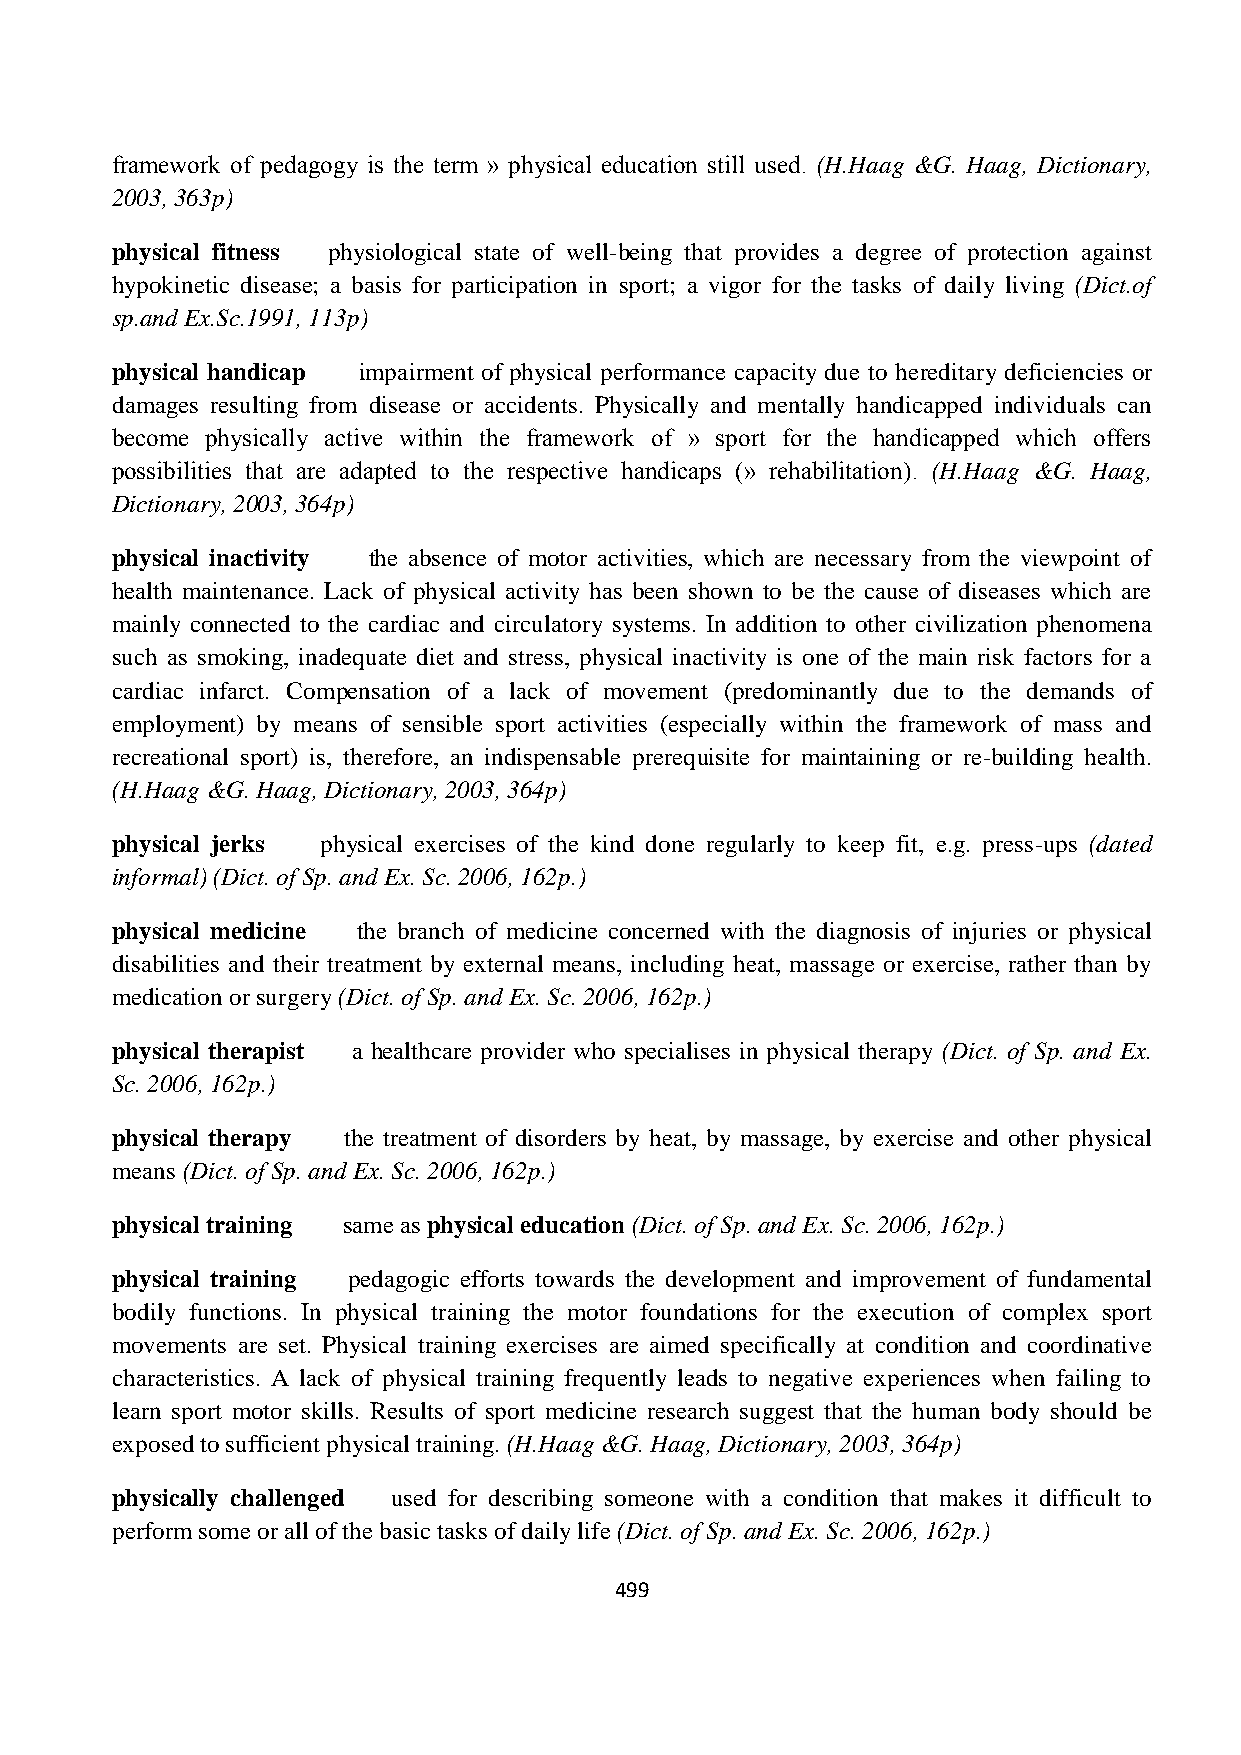
framework of pedagogy is the term » physical education still used. (H.Haag &G. Haag, Dictionary,
 2003, 363p)
 physical fitness physiological state of well-being that provides a degree of protection against
 hypokinetic disease; a basis for participation in sport; a vigor for the tasks of daily living (Dict.of
 sp.and Ex.Sc.1991, 113p)
 physical handicap impairment of physical performance capacity due to hereditary deficiencies or
 damages resulting from disease or accidents. Physically and mentally handicapped individuals can
 become physically active within the framework of » sport for the handicapped which offers
 possibilities that are adapted to the respective handicaps (» rehabilitation). (H.Haag &G. Haag,
 Dictionary, 2003, 364p)
 physical inactivity the absence of motor activities, which are necessary from the viewpoint of
 health maintenance. Lack of physical activity has been shown to be the cause of diseases which are
 mainly connected to the cardiac and circulatory systems. In addition to other civilization phenomena
 such as smoking, inadequate diet and stress, physical inactivity is one of the main risk factors for a
 cardiac infarct. Compensation of a lack of movement (predominantly due to the demands of
 employment) by means of sensible sport activities (especially within the framework of mass and
 recreational sport) is, therefore, an indispensable prerequisite for maintaining or re-building health.
 (H.Haag &G. Haag, Dictionary, 2003, 364p)
 physical jerks physical exercises of the kind done regularly to keep fit, e.g. press-ups (dated
 informal) (Dict. of Sp. and Ex. Sc. 2006, 162p.)
 physical medicine the branch of medicine concerned with the diagnosis of injuries or physical
 disabilities and their treatment by external means, including heat, massage or exercise, rather than by
 medication or surgery (Dict. of Sp. and Ex. Sc. 2006, 162p.)
 physical therapist a healthcare provider who specialises in physical therapy (Dict. of Sp. and Ex.
 Sc. 2006, 162p.)
 physical therapy the treatment of disorders by heat, by massage, by exercise and other physical
 means (Dict. of Sp. and Ex. Sc. 2006, 162p.)
 physical training same as physical education (Dict. of Sp. and Ex. Sc. 2006, 162p.)
 physical training pedagogic efforts towards the development and improvement of fundamental
 bodily functions. In physical training the motor foundations for the execution of complex sport
 movements are set. Physical training exercises are aimed specifically at condition and coordinative
 characteristics. A lack of physical training frequently leads to negative experiences when failing to
 learn sport motor skills. Results of sport medicine research suggest that the human body should be
 exposed to sufficient physical training. (H.Haag &G. Haag, Dictionary, 2003, 364p)
 physically challenged used for describing someone with a condition that makes it difficult to
 perform some or all of the basic tasks of daily life (Dict. of Sp. and Ex. Sc. 2006, 162p.)
 499